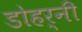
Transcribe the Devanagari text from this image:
डोहर्नी